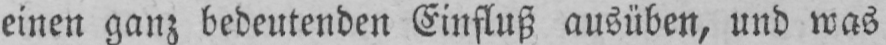
einen ganz bedeutenden Einfluß ausüben, und was